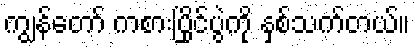
ကျွန်တော် ကစားပြိုင်ပွဲကို နှစ်သက်တယ်။